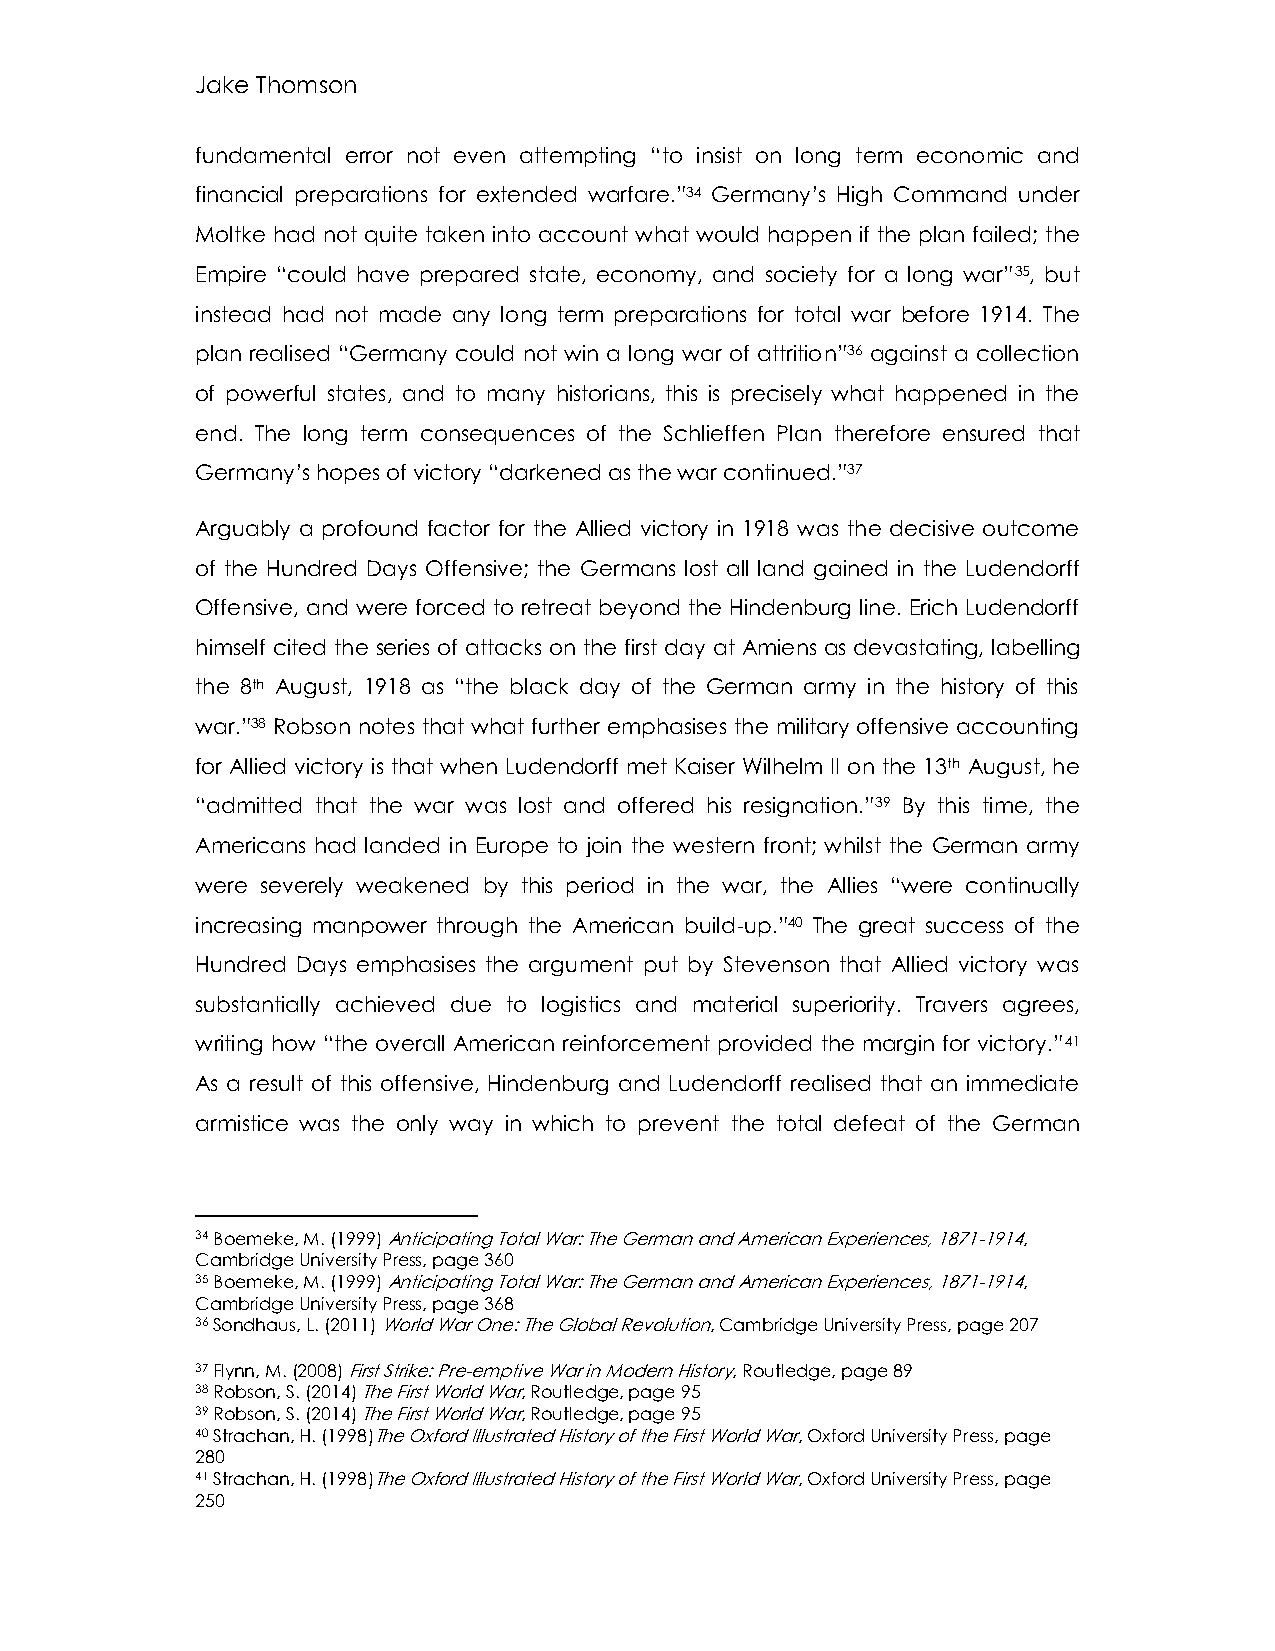
Jake Thomson
 fundamental error not even attempting “to insist on long term economic and
 financial preparations for extended warfare.”34 Germany’s High Command under
 Moltke had not quite taken into account what would happen if the plan failed; the
 Empire “could have prepared state, economy, and society for a long war”35, but
 instead had not made any long term preparations for total war before 1914. The
 plan realised “Germany could not win a long war of attrition”36 against a collection
 of powerful states, and to many historians, this is precisely what happened in the
 end. The long term consequences of the Schlieffen Plan therefore ensured that
 Germany’s hopes of victory “darkened as the war continued.”37
 Arguably a profound factor for the Allied victory in 1918 was the decisive outcome
 of the Hundred Days Offensive; the Germans lost all land gained in the Ludendorff
 Offensive, and were forced to retreat beyond the Hindenburg line. Erich Ludendorff
 himself cited the series of attacks on the first day at Amiens as devastating, labelling
 the 8th August, 1918 as “the black day of the German army in the history of this
 war.”38 Robson notes that what further emphasises the military offensive accounting
 for Allied victory is that when Ludendorff met Kaiser Wilhelm II on the 13th August, he
 “admitted that the war was lost and offered his resignation.”39 By this time, the
 Americans had landed in Europe to join the western front; whilst the German army
 were severely weakened by this period in the war, the Allies “were continually
 increasing manpower through the American build-up.”40 The great success of the
 Hundred Days emphasises the argument put by Stevenson that Allied victory was
 substantially achieved due to logistics and material superiority. Travers agrees,
 writing how “the overall American reinforcement provided the margin for victory.”41
 As a result of this offensive, Hindenburg and Ludendorff realised that an immediate
 armistice was the only way in which to prevent the total defeat of the German
 34 Boemeke, M. (1999) Anticipating Total War: The German and American Experiences, 1871-1914,
 Cambridge University Press, page 360
 35 Boemeke, M. (1999) Anticipating Total War: The German and American Experiences, 1871-1914,
 Cambridge University Press, page 368
 36 Sondhaus, L. (2011) World War One: The Global Revolution, Cambridge University Press, page 207
 37 Flynn, M. (2008) First Strike: Pre-emptive War in Modern History, Routledge, page 89
 38 Robson, S. (2014) The First World War, Routledge, page 95
 39 Robson, S. (2014) The First World War, Routledge, page 95
 40 Strachan, H. (1998)The Oxford Illustrated History of the First World War, Oxford University Press, page
 280
 41 Strachan, H. (1998)The Oxford Illustrated History of the First World War, Oxford University Press, page
 250